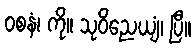
ဝစနံ၊ ကို။ သုဝိညေယျံ၊ ပြီ။